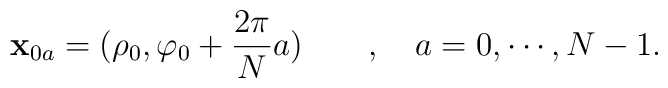
{\bf x}_{0a} =(\rho_0 , \varphi_0 + \frac{2\pi}{N}a)\qquad , \quad a=0,\cdots , N-1.